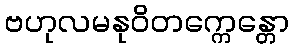
ဗဟုလမနုဝိတက္ကေန္တော